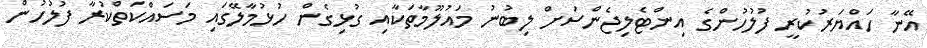
އޭނާ ހައްޔަރުކުރީ ފުލުހުންގެ އިންޓެލިޖެންސަށް ލިބުނު މައުލޫމާތަކާއި ގުޅިގެން ހުޅުމާލޭގައި މަސައްކަތްކުރާ ފުލުހުން